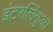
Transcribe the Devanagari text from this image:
इंटरलिंगुआ